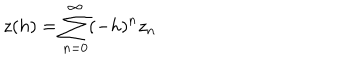
LaTeX: z ( h ) = \sum _ { n = 0 } ^ { \infty } ( - h ) ^ { n } z _ { n }